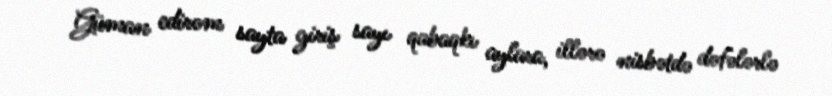
Güman edirəm sayta giriş sayı qabaqkı aylara, illərə nisbətdə dəfələrlə